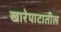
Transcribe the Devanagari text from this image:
खारेपाटातील